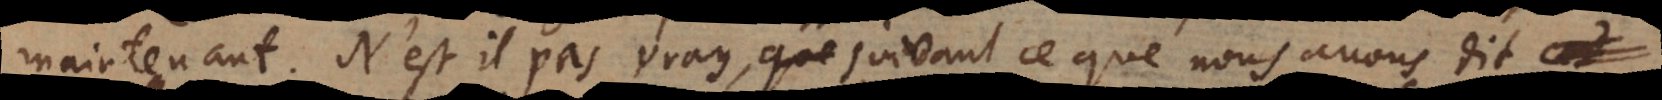
maintenant. N’est‐il pas vray, suivant ce que nous avons dit